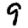
Digit: 9